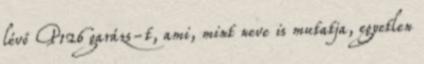
lévő P126 garázs-t, ami, mint neve is mutatja, egyetlen